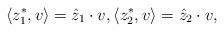
LaTeX: \begin{align*}\langle z_1^*, v\rangle = \hat z_1 \cdot v,\langle z_2^*,v\rangle = \hat z_2\cdot v,\end{align*}